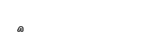
٩